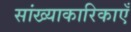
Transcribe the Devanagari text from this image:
सांख्याकारिकाएँ